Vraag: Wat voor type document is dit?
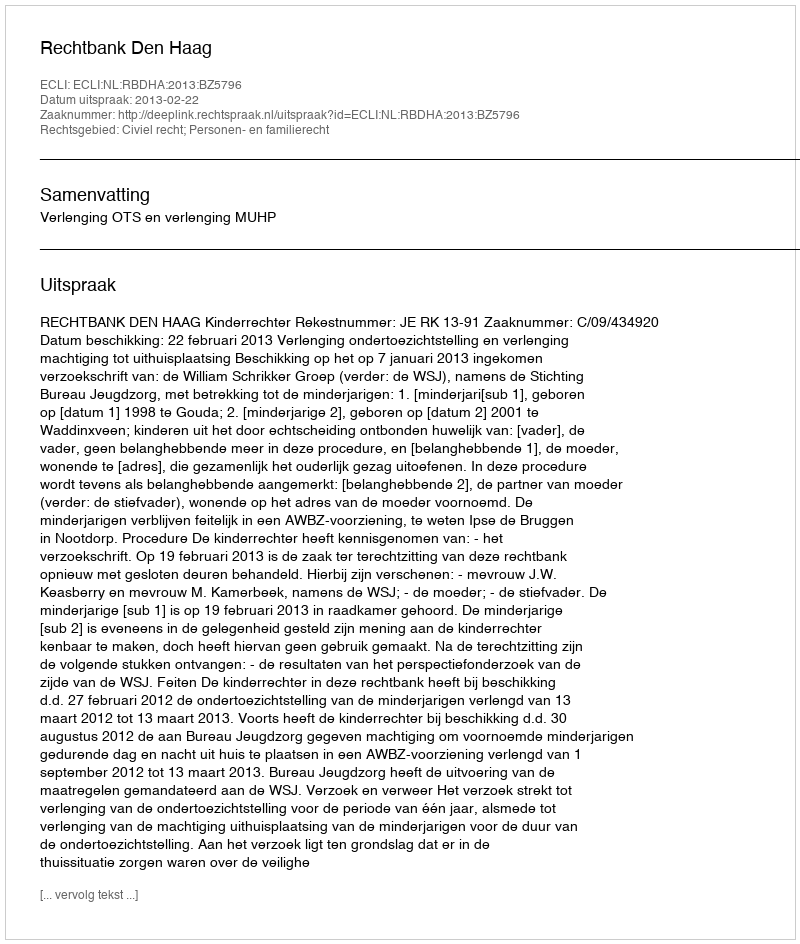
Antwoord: Uitspraak